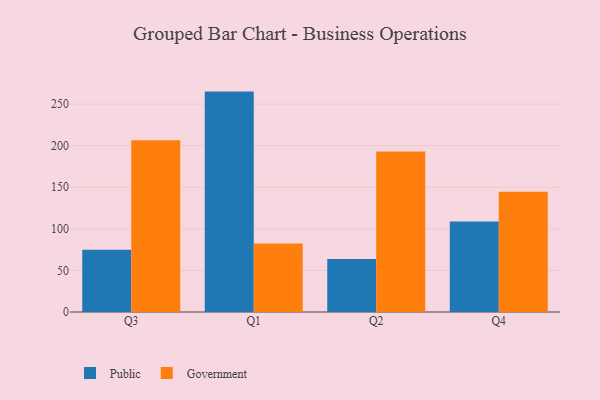
{"axis": {"x": "Quarter", "y": "Headcount"}, "legend": ["Government", "Public"], "data": [{"x": "Q3", "y": 75.0, "type": "Public"}, {"x": "Q3", "y": 206.7, "type": "Government"}, {"x": "Q1", "y": 265.1, "type": "Public"}, {"x": "Q1", "y": 82.5, "type": "Government"}, {"x": "Q2", "y": 63.8, "type": "Public"}, {"x": "Q2", "y": 193.0, "type": "Government"}, {"x": "Q4", "y": 109.0, "type": "Public"}, {"x": "Q4", "y": 144.7, "type": "Government"}]}